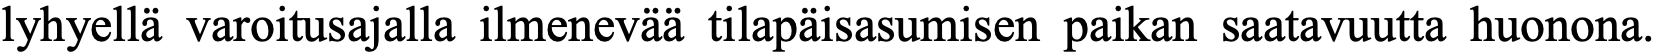
lyhyellä varoitusajalla ilmenevää tilapäisasumisen paikan saatavuutta huonona.